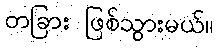
တခြား ဖြစ်သွားမယ်။